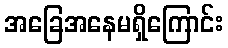
အခြေအနေမရှိကြောင်း